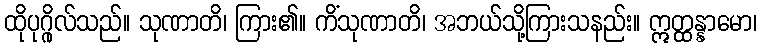
ထိုပုဂ္ဂိုလ်သည်။ သုဏာတိ၊ ကြား၏။ ကိံသုဏာတိ၊ အဘယ်သို့ကြားသနည်း။ ဣတ္ထန္နာမော၊